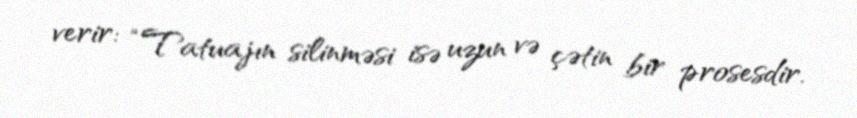
verir: “Tatuajın silinməsi isə uzun və çətin bir prosesdir.